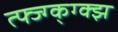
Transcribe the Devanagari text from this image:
त्फ्ज्ग्क्ग्क्झ